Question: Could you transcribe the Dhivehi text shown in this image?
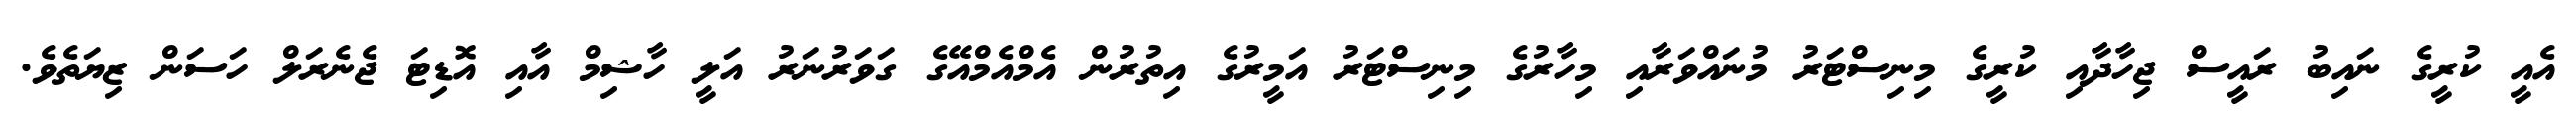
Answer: އެއީ ކުރީގެ ނައިބު ރައީސް ޖިހާދާއި ކުރީގެ މިނިސްޓަރު މުނައްވަރާއި މިހާރުގެ މިނިސްޓަރު އަމީރުގެ އިތުރުން އެމްއެމްއޭގެ ގަވަރުނަރު އަލީ ހާޝިމް އާއި އޮޑިޓަ ޖެނެރަލް ހަސަން ޒިޔަތެވެ.